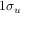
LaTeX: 1 \sigma _ { u }